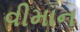
વીમાન